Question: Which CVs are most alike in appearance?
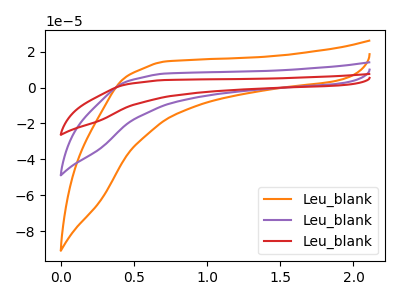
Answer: <think>The orange curve "Leu_blank1" has no peaks. The purple curve "Leu_blank2" has no peaks. The red curve "Leu_blank3" has no peaks.
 Neither "Leu_blank1" or "Leu_blank2" have any peaks. Neither "Leu_blank1" or "Leu_blank3" have any peaks. Neither "Leu_blank2" or "Leu_blank3" have any peaks.</think>
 <answer>"Leu_blank1", "Leu_blank2" and "Leu_blank3" have the same shape and are likely CV's of the same chemical.</answer>
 <eval>"Leu_blank1" "Leu_blank2" "Leu_blank3"</eval>